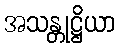
အသန္တုဋ္ဌိယာ